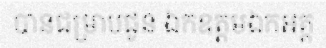
បានជម្រាបជូន ឯកឧត្តមឯកអគ្គ